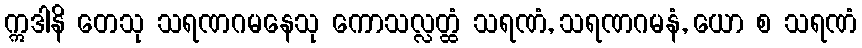
ဣဒါနိ တေသု သရဏဂမနေသု ကောသလ္လတ္ထံ သရဏံ, သရဏဂမနံ, ယော စ သရဏံ